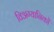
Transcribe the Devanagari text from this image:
विअग्यानिकों